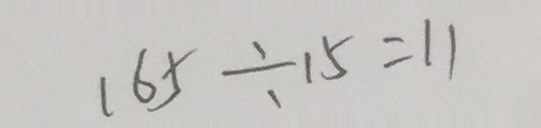
1 6 5 \div 1 5 = 1 1